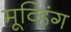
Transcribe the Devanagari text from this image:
मूव्हिंग